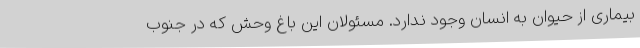
بیماری از حیوان به انسان وجود ندارد. مسئولان این باغ وحش که در جنوب